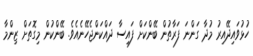
ހުޅުވައިދޭއިރު މުދާ ގަންނަ ފަރާތުން ބޭންކަށް ފައިސާ ދައްކަންޖެހޭނެއެވެ. ބޭންކުން މިގޮތަށް ޒިންމާ